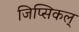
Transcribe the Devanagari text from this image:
जिप्सिकल्